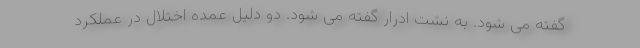
گفته می شود. به نشت ادرار گفته می شود. دو دلیل عمده اختلال در عملکرد